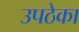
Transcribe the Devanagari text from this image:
उपठेका